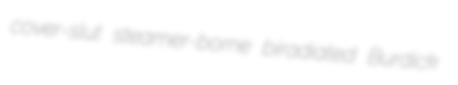
cover-slut steamer-borne biradiated Burdick